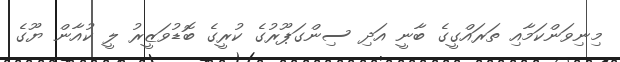
މިނިވަންކަމާއި ތަރައްގީގެ ބާނީ އަދި ސިންގަޕޫރުގެ ކުރީގެ ބޮޑުވަޒީރު ލީ ކުއާން ޔޫގެ